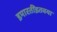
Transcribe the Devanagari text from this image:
इमारतींइतक्या